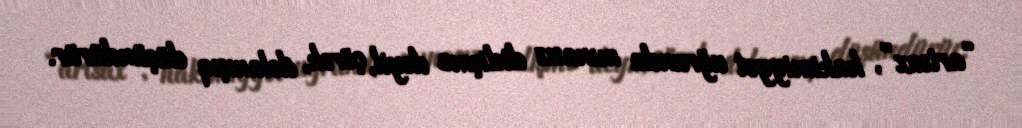
“artsax”, hakimiyyət uğrunda mınasız didişmə deyil, çörək, dolanışıq düşündürür.